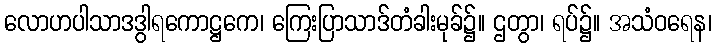
လောဟပါသာဒဒွါရကောဋ္ဌကေ၊ ကြေးပြာသာဒ်တံခါးမုခ်၌။ ဌတွာ၊ ရပ်၌။ အသံဝရေန၊